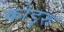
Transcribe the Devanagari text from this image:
कोडुरु